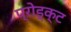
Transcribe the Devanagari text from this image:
प्रोड्क्ट